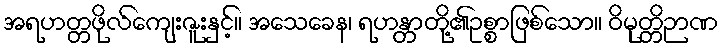
အရဟတ္တဖိုလ်ကျေးဇူးနှင့်။ အသေခေန၊ ရဟန္တာတို့၏ဥစ္စာဖြစ်သော။ ဝိမုတ္တိဉာဏ